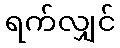
ရက်လျှင်